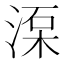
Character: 𣸺